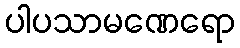
ပါပသာမဏေရော